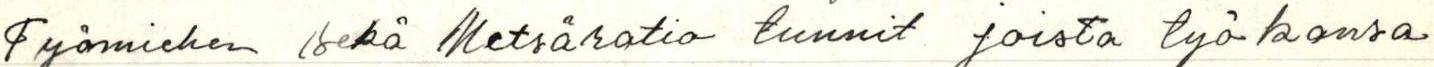
Työmiehen sekä Metsäratio tunnit joista työkansa